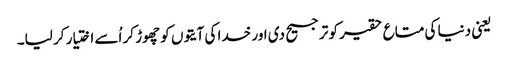
یعنی دنیا کی متاع حقیر کو ترجیح دی اور خدا کی آیتوں کو چھوڑ کر اُسے اختیار کر لیا۔